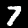
Label: 7